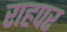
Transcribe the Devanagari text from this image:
राहपर